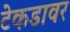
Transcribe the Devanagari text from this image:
टेकडावर